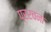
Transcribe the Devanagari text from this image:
प्ररचना